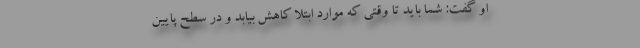
او گفت: شما باید تا وقتی که موارد ابتلا کاهش بیابد و در سطح پایین